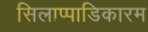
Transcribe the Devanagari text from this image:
सिलाप्पाडिकारम